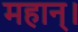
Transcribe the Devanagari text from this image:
महान्‌।